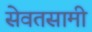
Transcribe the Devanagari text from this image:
सेवतसामी